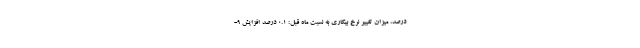
درصد، میزان تغییر نرخ بیکاری به نسبت ماه قبل: ۰.۱ درصد افزایش ۹-